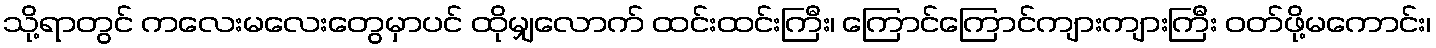
သို့ရာတွင် ကလေးမလေးတွေမှာပင် ထိုမျှလောက် ထင်းထင်းကြီး၊ ကြောင်ကြောင်ကျားကျားကြီး ဝတ်ဖို့မကောင်း၊